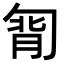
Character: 㔨